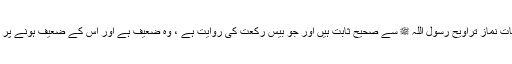
” آٹھ رکعات نمازِ تراویح رسول اللہ ﷺ سے صحیح ثابت ہیں اور جو بیس رکعت کی روایت ہے ، وہ ضعیف ہے اور اس کے ضعیف ہونے پر اتفاق ہے۔